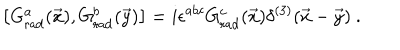
LaTeX: \left[ G _ { \mathrm { r a d } } ^ { a } ( \vec { x } ) , G _ { \mathrm { r a d } } ^ { b } ( \vec { y } ) \right] = i \epsilon ^ { a b c } G _ { \mathrm { r a d } } ^ { c } ( \vec { x } ) \delta ^ { ( 3 ) } ( \vec { x } - \vec { y } ) \ .